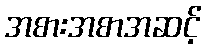
အစားအစာအဆင့်